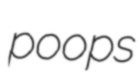
poops